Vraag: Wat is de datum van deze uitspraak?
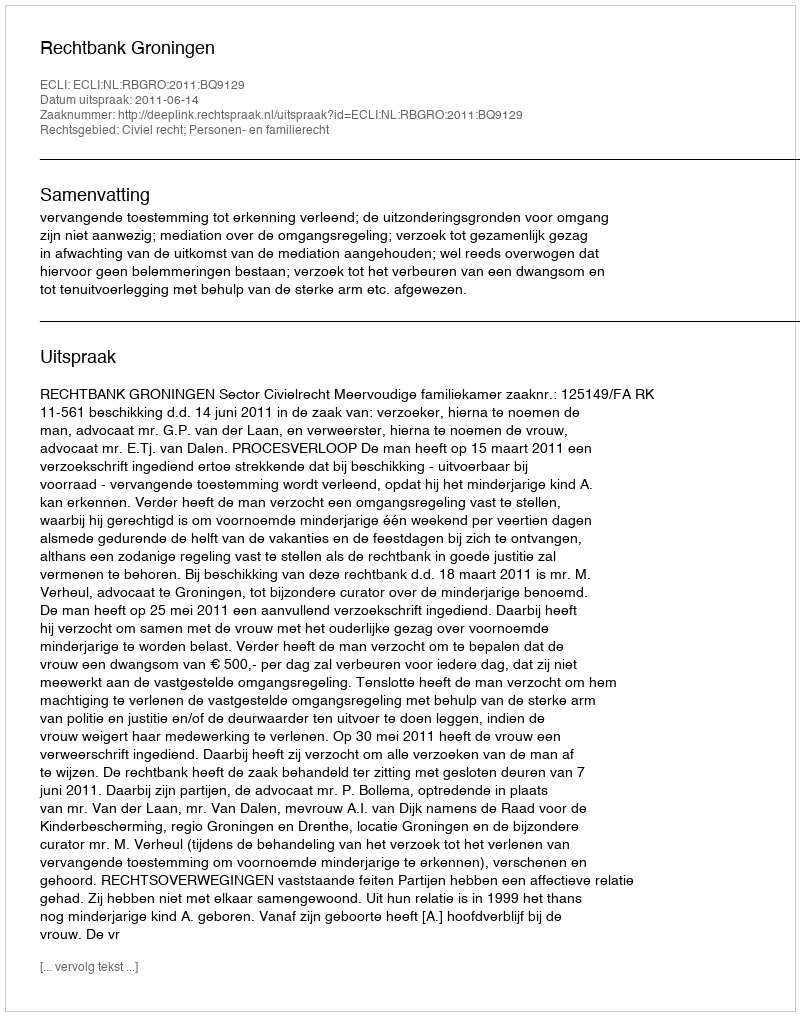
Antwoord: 2011-06-14